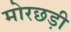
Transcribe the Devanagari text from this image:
मोरछड़ी